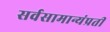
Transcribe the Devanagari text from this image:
सर्वसामान्यंप्रती